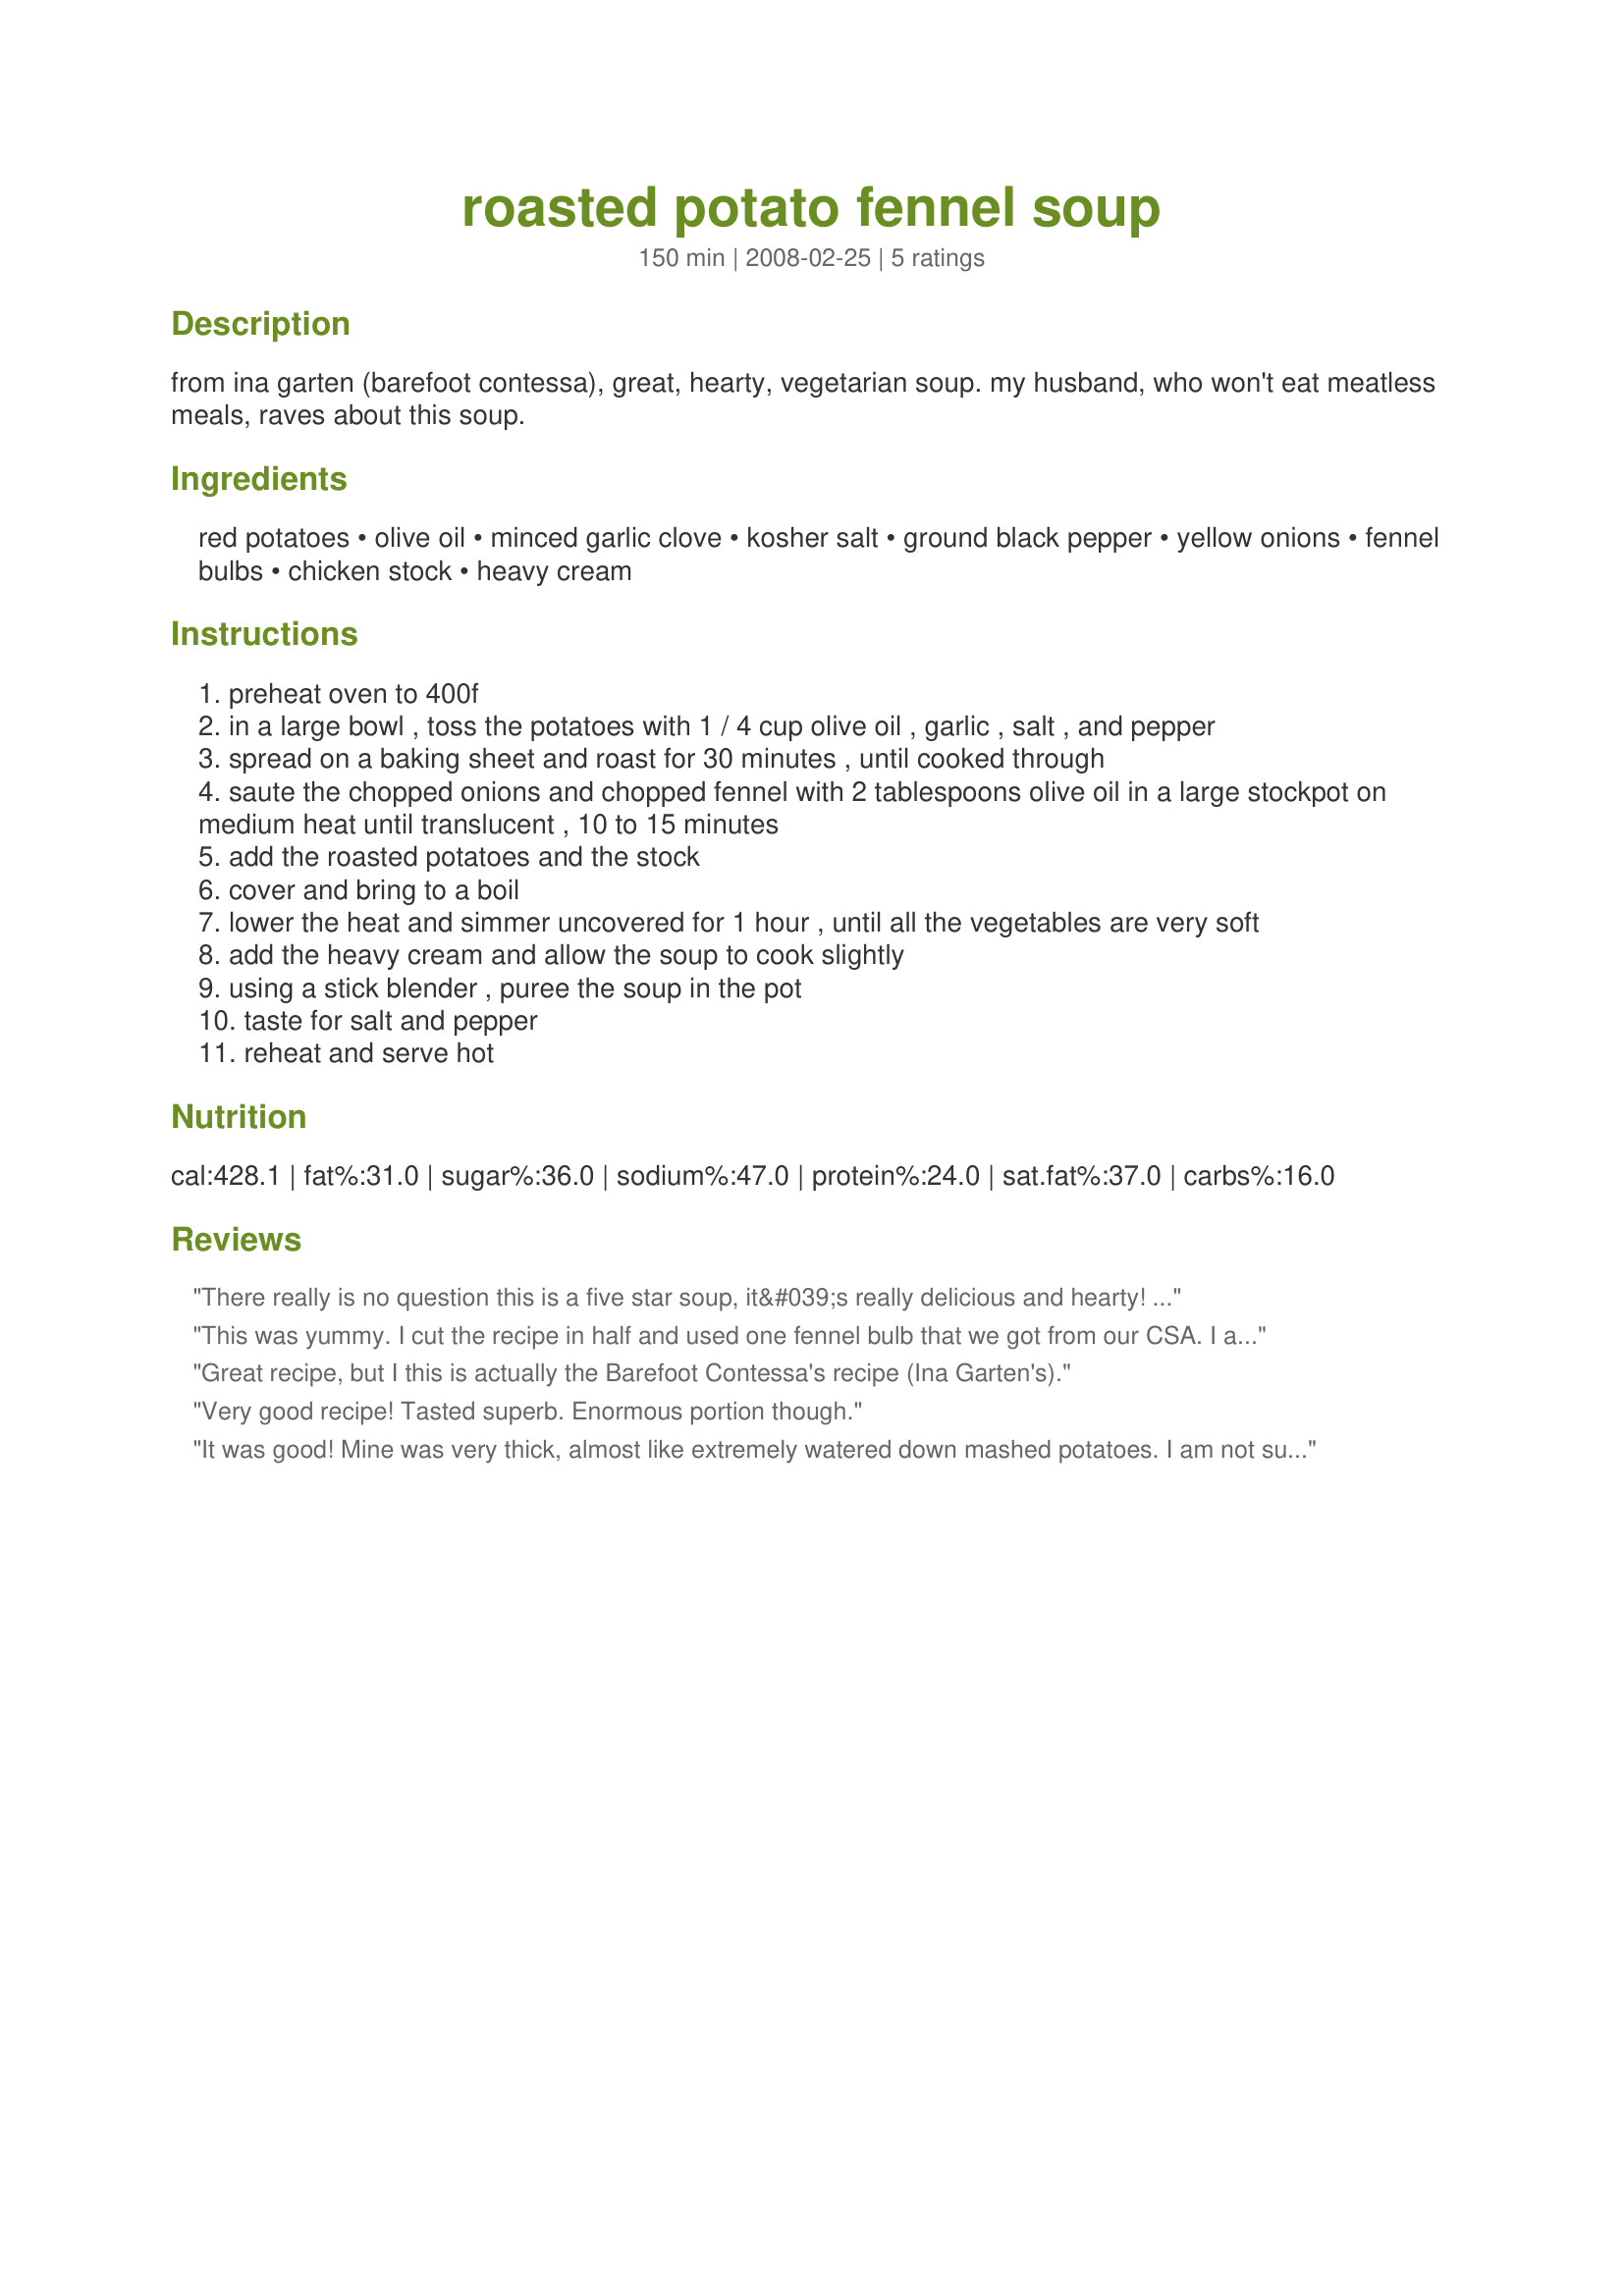
roasted potato fennel soup
Preparation time: 150 minutes

from ina garten (barefoot contessa), great, hearty, vegetarian soup. my husband, who won't eat meatless meals, raves about this soup.

Ingredients:
red potatoes, olive oil, minced garlic clove, kosher salt, ground black pepper, yellow onions, fennel bulbs, chicken stock, heavy cream

Steps:
preheat oven to 400f
in a large bowl , toss the potatoes with 1 / 4 cup olive oil , garlic , salt , and pepper
spread on a baking sheet and roast for 30 minutes , until cooked through
saute the chopped onions and chopped fennel with 2 tablespoons olive oil in a large stockpot on medium heat until translucent , 10 to 15 minutes
add the roasted potatoes and the stock
cover and bring to a boil
lower the heat and simmer uncovered for 1 hour , until all the vegetables are very soft
add the heavy cream and allow the soup to cook slightly
using a stick blender , puree the soup in the pot
taste for salt and pepper
reheat and serve hot

Reviews:
There really is no question this is a five star soup, it&#039;s really delicious and hearty! I am on Weight Watchers so I used Fat Free half &amp; half instead of the cream. I agree with the previous poster that this soup can be halved due to the huge pot I ended up with since I made the whole thing! For a half portion I would use 3 lbs of potatoes, 1 1/2 large Spanish onions and one large fennel bulb. If you make bacon as a topper you can put your slices in the oven and bake them in a small rectangular pan along with the potatoes, I did 6 strips at 400 degrees for 17 minutes and it was perfect! I will use fat free shredded cheddar but my family will use regular cheese and of course the bacon on top. Perfect fall meal when paired with a nice loaf of fresh baked bread and a green salad!
This was yummy. I cut the recipe in half and used one fennel bulb that we got from our CSA. I also added some cooked potato chunks after blending the soup. Also didn't have cream and just used milk, but that was fine. And of course, topped it with cheese and bacon. What's not to like about bacon! Husband and both boys really liked this soup.
Great recipe, but I this is actually the Barefoot Contessa's recipe (Ina Garten's).
Very good recipe! Tasted superb. Enormous portion though.
It was good! Mine was very thick, almost like extremely watered down mashed potatoes. I am not sure of that is normal or not. I also would recommend cutting recipe in half, unless you want to eat soup for days.
